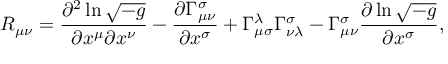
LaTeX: R _ { \mu \nu } = \frac { \partial ^ { 2 } \ln \sqrt { - g } } { \partial x ^ { \mu } \partial x ^ { \nu } } - \frac { \partial \Gamma _ { \mu \nu } ^ { \sigma } } { \partial x ^ { \sigma } } + \Gamma _ { \mu \sigma } ^ { \lambda } \Gamma _ { \nu \lambda } ^ { \sigma } - \Gamma _ { \mu \nu } ^ { \sigma } \frac { \partial \ln \sqrt { - g } } { \partial x ^ { \sigma } } ,